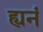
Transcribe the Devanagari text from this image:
ह्यनं